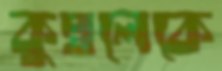
কুম্বলেকে